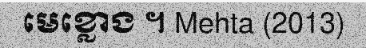
មេខ្លោង ។ Mehta (2013)